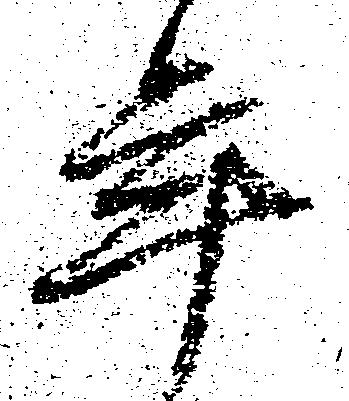
年